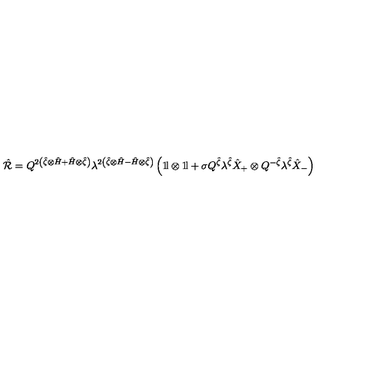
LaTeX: \hat { \cal R } = Q ^ { 2 \left( \hat { \zeta } \otimes \hat { H } + \hat { H } \otimes \hat { \zeta } \right) } \lambda ^ { 2 \left( \hat { \zeta } \otimes \hat { H } - \hat { H } \otimes \hat { \zeta } \right) } \left( 1 \! \mathrm { l } \otimes 1 \! \mathrm { l } + \sigma Q ^ { \hat { \zeta } } \lambda ^ { \hat { \zeta } } \hat { X } _ { + } \otimes Q ^ { - \hat { \zeta } } \lambda ^ { \hat { \zeta } } \hat { X } _ { - } \right)